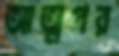
আত্মপর